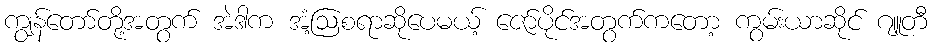
ကျွန်တော်တို့အတွက် အဲဒါက အံ့ဩစရာဆိုပေမယ့် ဇော်ပိုင်အတွက်ကတော့ ကွမ်းယာဆိုင် ဂျူတီ